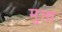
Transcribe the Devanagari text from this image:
मुत्ता